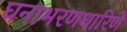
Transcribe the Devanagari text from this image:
घनाभरणधारिणे